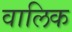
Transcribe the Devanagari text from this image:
वालिक